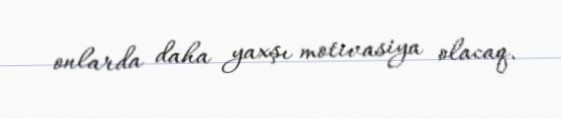
onlarda daha yaxşı motivasiya olacaq.